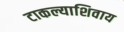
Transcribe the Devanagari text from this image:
टाकल्याशिवाय